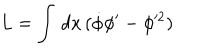
LaTeX: L = \int \, d x \, ( \dot { \phi } \phi ^ { \prime } - \phi ^ { 2 } )